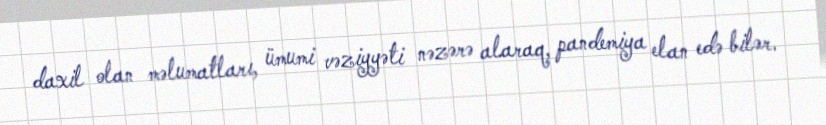
daxil olan məlumatları, ümumi vəziyyəti nəzərə alaraq, pandemiya elan edə bilər.